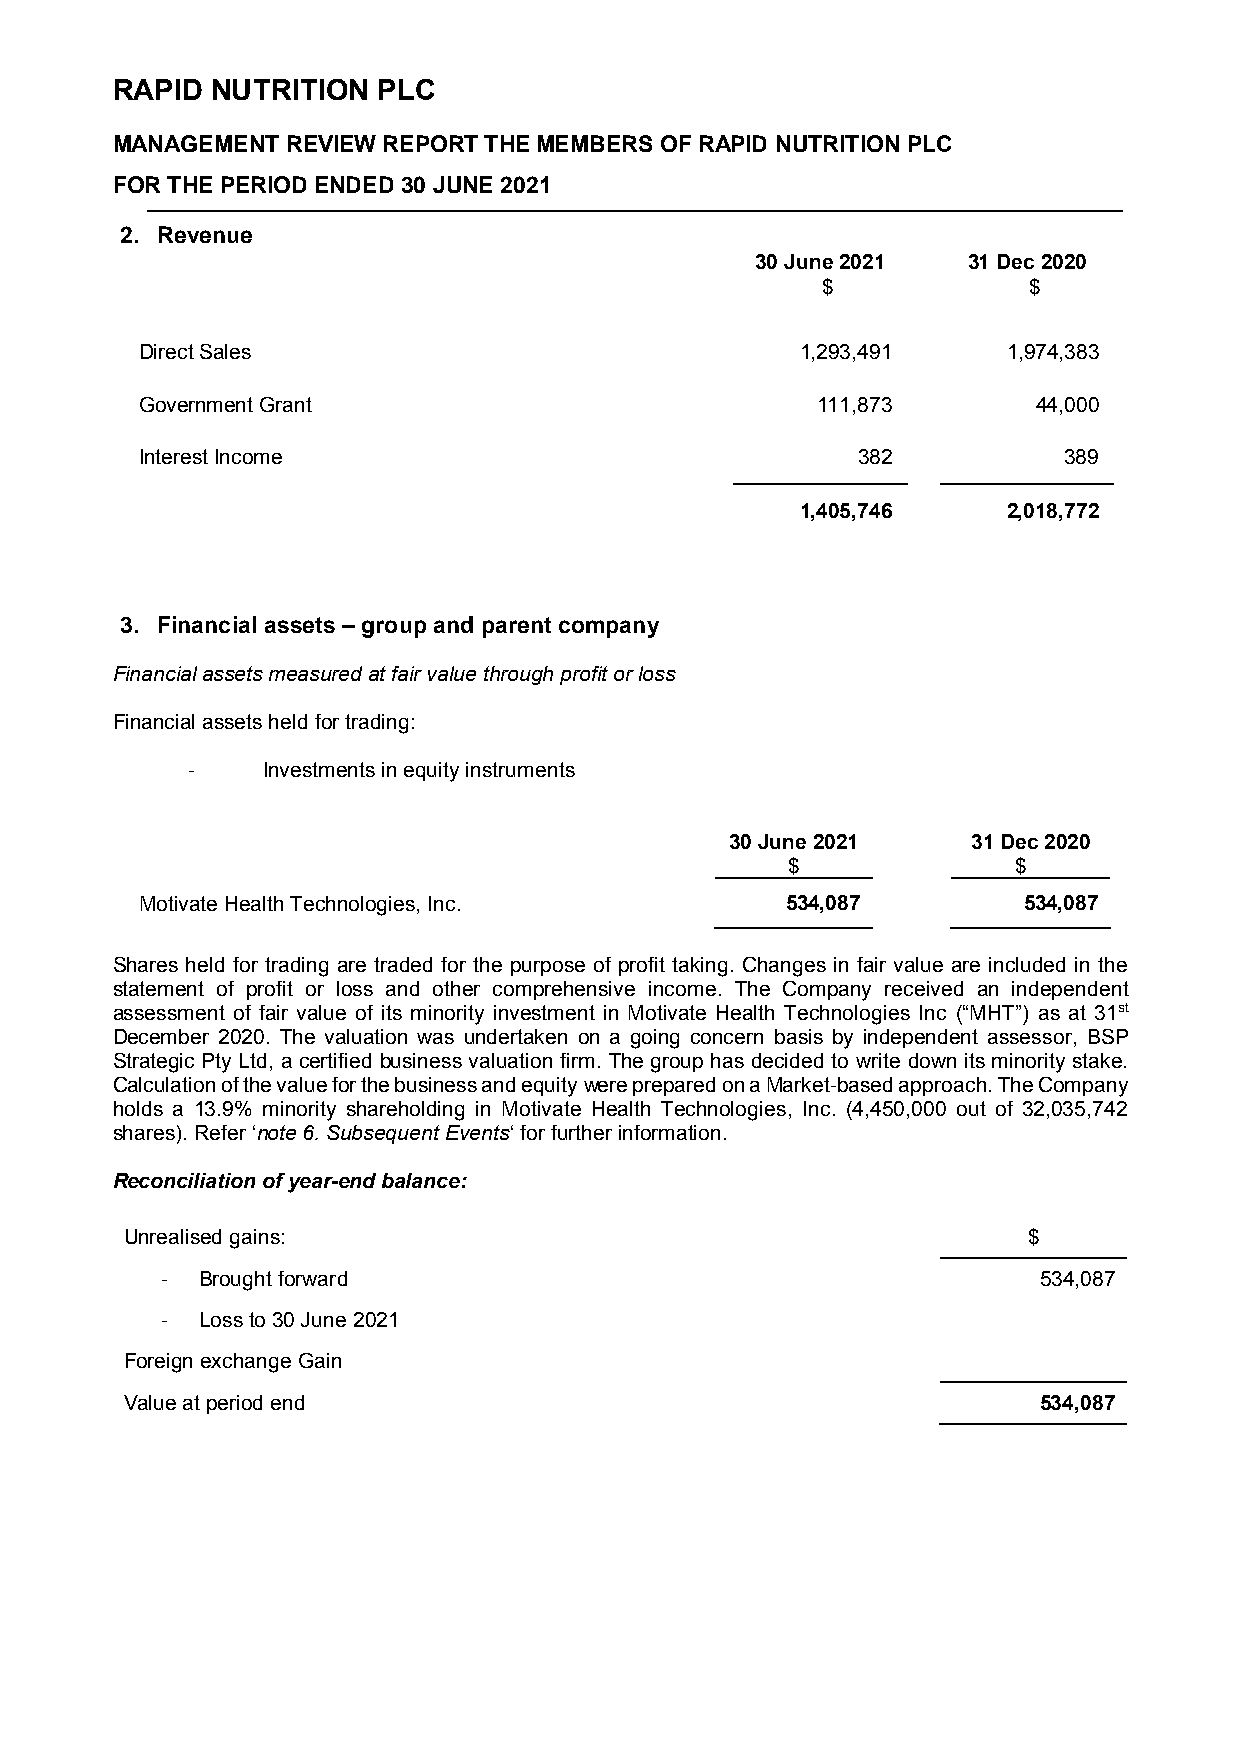
RAPID  NUTRITION  PLC
 MANAGEMENT  REVIEW REPORT THE MEMBERS OF RAPID NUTRITION PLC
 FOR THE PERIOD ENDED 30 JUNE 2021
 2. Revenue
 30 June 2021  31 Dec 2020
 $             $
 Direct Sales                                1,293,491     1,974,383
 Government Grant                             111,873        44,000
 Interest Income                                 382          389
 1,405,746     2,018,772
 3. Financial assets – group and parent company
 Financial assets measured at fair value through profit or loss
 Financial assets held for trading:
 -    Investments in equity instruments
 30 June 2021    31 Dec 2020
 $              $
 Motivate Health Technologies, Inc.         534,087         534,087
 Shares held for trading are traded for the purpose of profit taking. Changes in fair value are included in the
 statement of profit or loss and other comprehensive income. The Company received an independent
 assessment of fair value of its minority investment in Motivate Health Technologies Inc (“MHT”) as at 31st
 December 2020. The valuation was undertaken on a going concern basis by independent assessor, BSP
 Strategic Pty Ltd, a certified business valuation firm. The group has decided to write down its minority stake.
 Calculation of the value for the business and equity were prepared on a Market-based approach. The Company
 holds a 13.9% minority shareholding in Motivate Health Technologies, Inc. (4,450,000 out of 32,035,742
 shares). Refer ‘note 6. Subsequent Events‘ for further information.
 Reconciliation of year-end balance:
 Unrealised gains:                                           $
 - Brought forward                                         534,087
 - Loss to 30 June 2021
 Foreign exchange Gain
 Value at period end                                          534,087